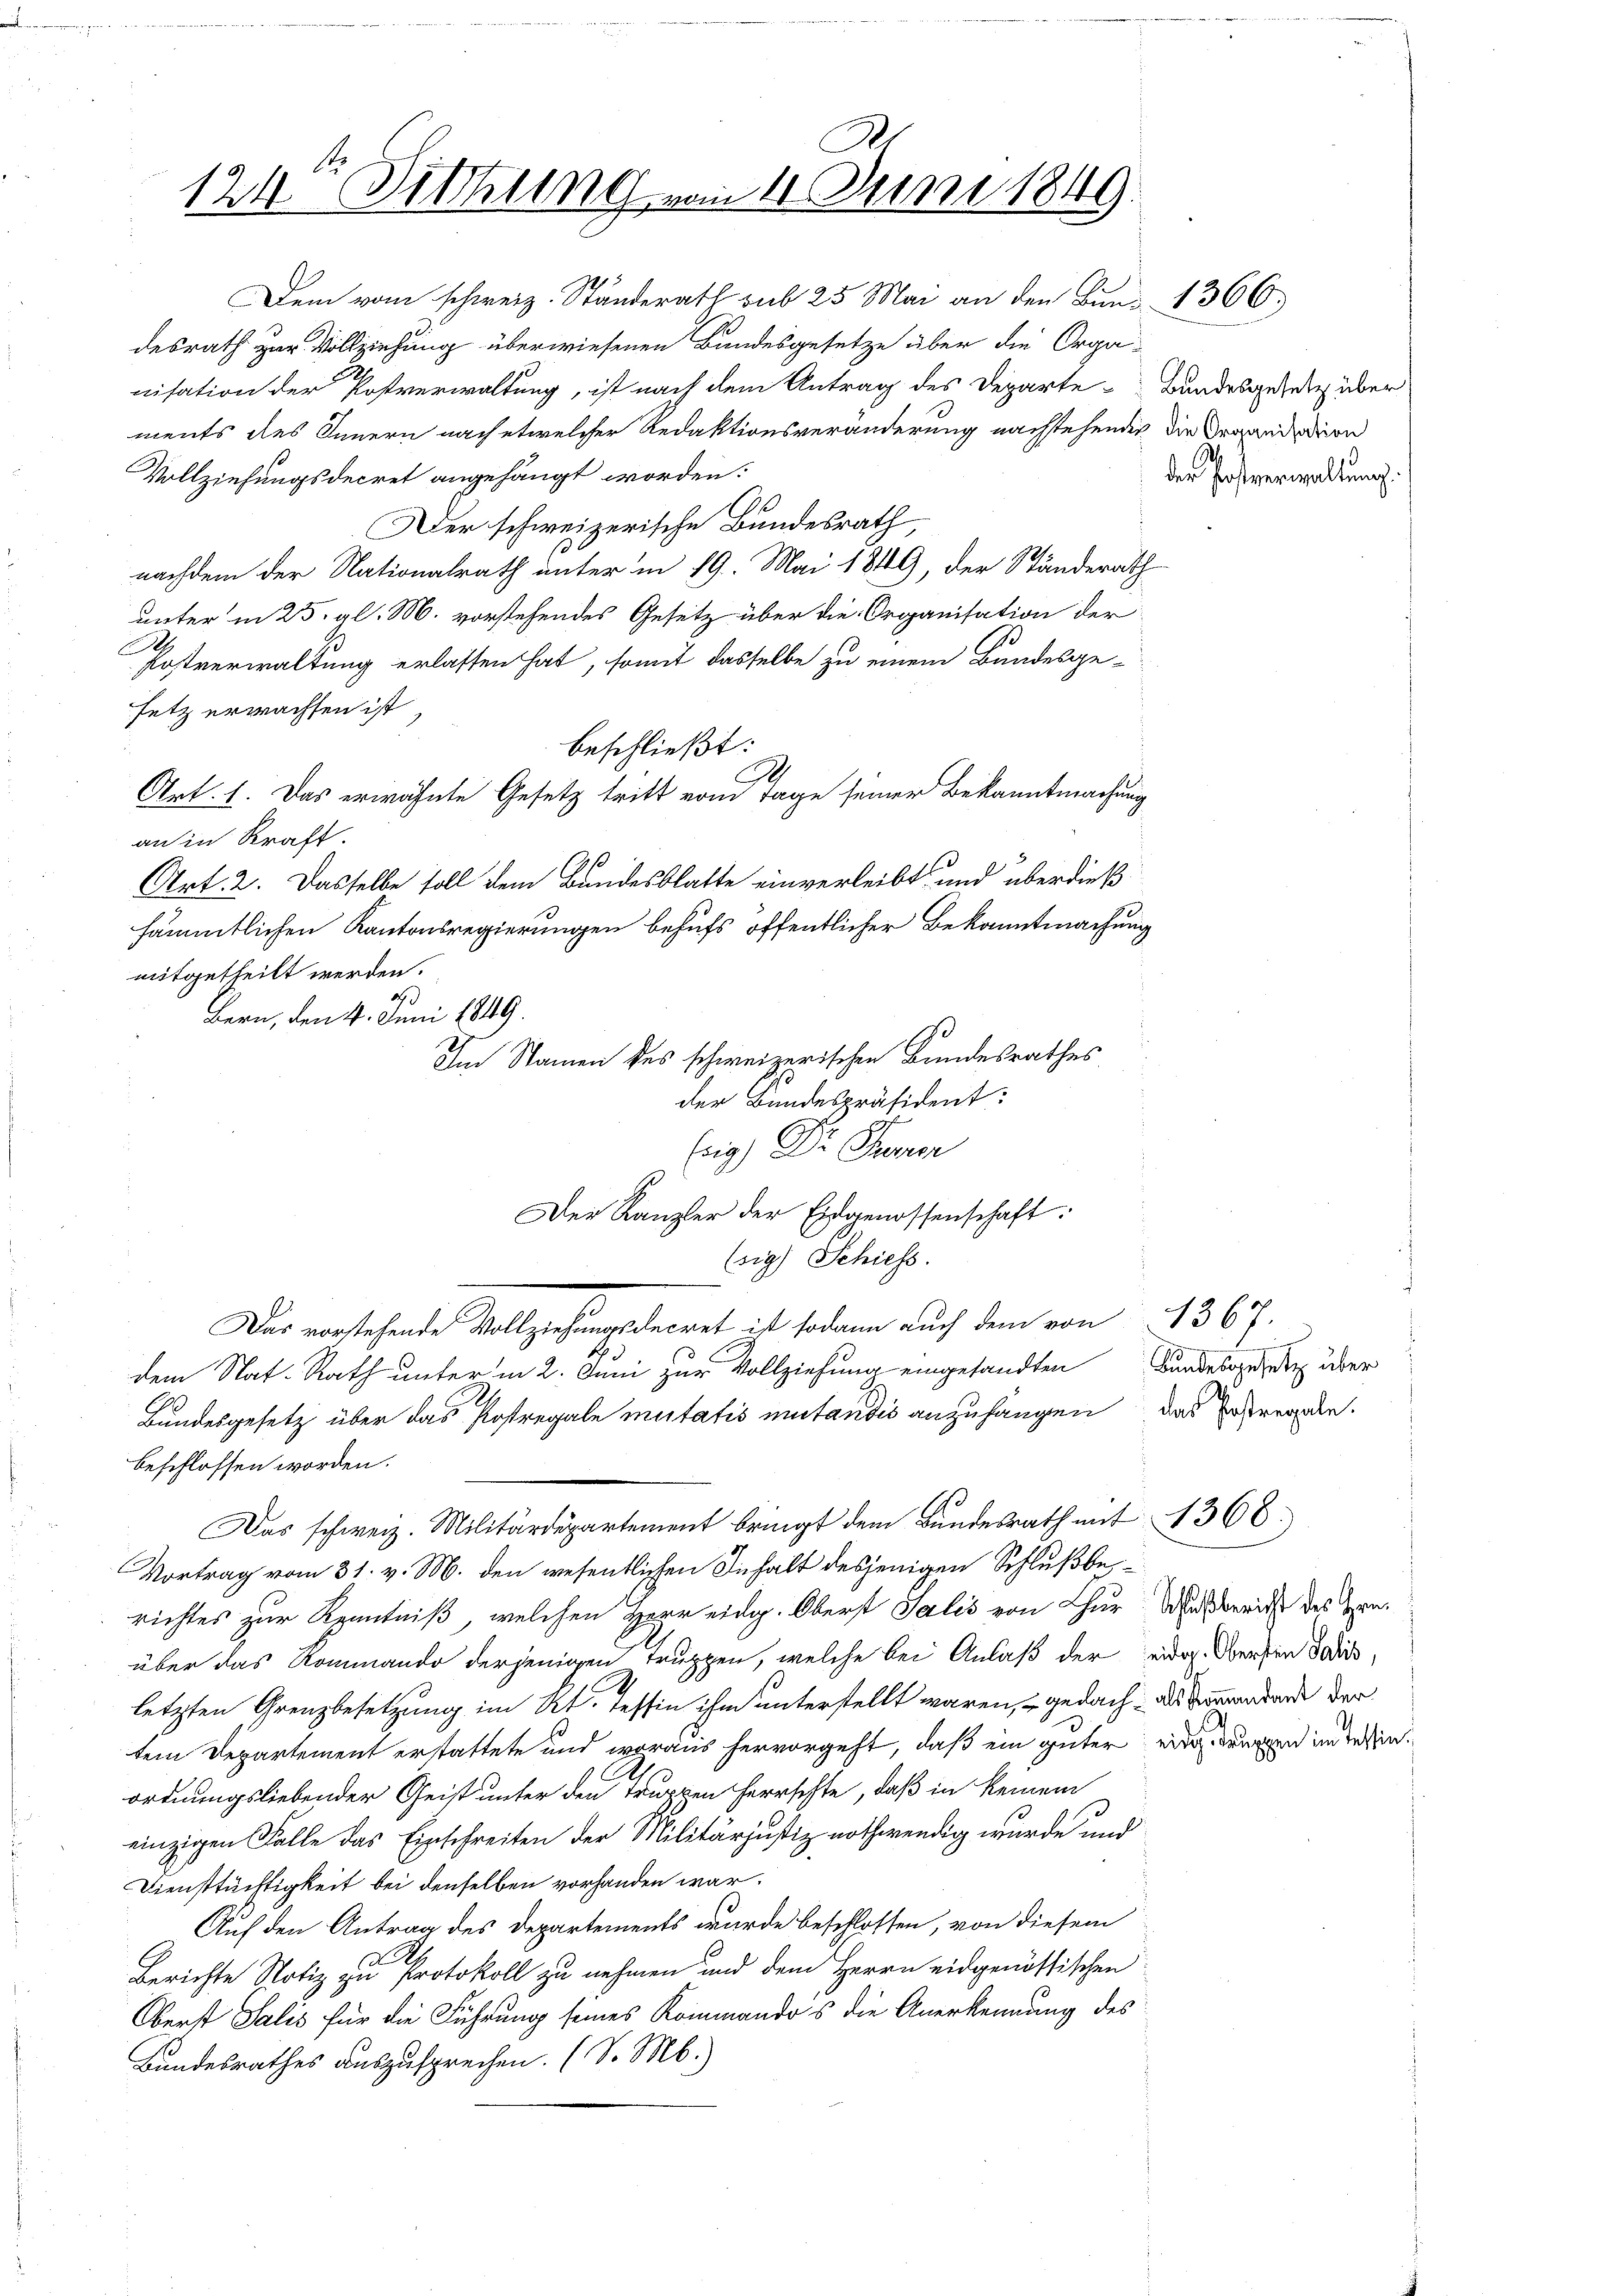
C
124. Diethung vom 11. Juni 1849.

Dem vom schweiz. Ständerath sub 25 Mai an den Bund 1366.
desrath zur Vollziehung überwiesenen Bandesgesetze über die Organisation der Postverwaltung, ist nach dem Antrag des Departements des Innern nach etwelcher Redaktionsveränderung nachstehender die Organdation
Vollziehungsdecret angehängt worden:
2
Der schweizerische Bundesrath,
nachdem der Nationalrath unter in 19. Mai 1849, der Ständerath
unter in 25. gl. M. vorstehendes Gesetz über die Organisation der
A
Postverwaltung erlassen hat, somit dasselbe zu einem Bandesge-
setz erwachsen ist
beschließt:
G
Art. 1. Das erwähnte Gesetz tritt vom Tage seiner Bekanntmachung
an in Kraft.
Art. 2. Dasselbe soll dem Bundesblatte einverleibt und überdießsämmtlichen Kantonsregierungen behufs öffentlicher Bekanntmachung
mitgetheilt werden.
2
Bern, den 4. Juni 1849.
Eig) Dr. Proren
Der Kanzler der Eidgenossenschaft:
(sig) Schiess.
Das vorstehende Vollziehungsdecret ist sodann auch dem von 136.
dem Nat-Rath unter in 2. Juni zur Vollziehung eingesandten Bundesgesetz über
Bundesgesetz über das Postregale mutatis mutandis anzufangen das Erstregeln
beschlossen worden.
Das schweiz. Militärdepartement bringt dem Bundesrath mit 1368.
Vortrag vom 31. v. M. den wesentlichen Inhalt desjenigen Schlußberichtes zur Kenntniß, welchen Herr eidg. Oberst Salis von Chur Wisbericht des Graüber das Rommando derjenigen Truppen, welche bei Anlaß der eidg. Obersten Todesletzten Grenzbesetzung im Kt. Tessin ihm unterstellt waren, – gedach- als Sommendende der
tem Departement erstattete und woraus hervorgeht, daß ein güter
2
ordnungsliebender Geist unter den Truppen Herrschte, daß in keinem
einzigen Falle das Einschreiten der Militärjustiz nothwendig wurde und
Diensttächtigkeit bei denselben vorhanden war.
Auf den Antrag des Departements wurde beschlossen, von diesem
A
Berichte Notiz zu Protokoll zu nehmen und dem Herrn eidgenössischen
Oberst Salis für die Führung seines Kommandos die Anerkennung des
Bundesrathes auszusprechen. (S. M.)

Im Namen des schweizerischen Bundesrathes
der Bundespräsident:

Bundesgesetz über
der Postverwaltung.

eidg. Truppen im Tessin.